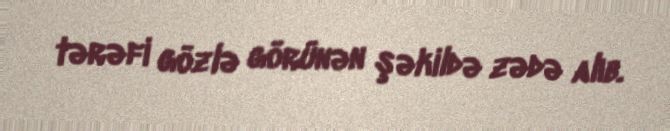
tərəfi gözlə görünən şəkildə zədə alıb.